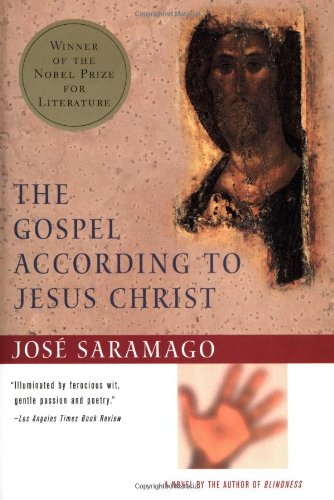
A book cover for The Gospel According to Jesus Christ (Harvest/H B J Book); Jose Saramago; Christian Books & Bibles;